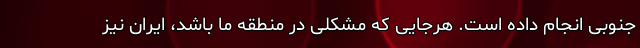
جنوبی انجام داده است. هرجایی که مشکلی در منطقه ما باشد، ایران نیز